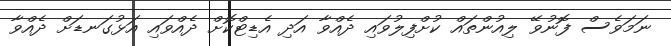
ނަމަވެސް ފޮނުވޭ ލިއުންތައް ކުށްފިލުވައި ދެއްވާ އަދި އެޑިޓްކޮށް ދެއްވައި އަޅުގަނޑަށް ދެއްވާ